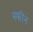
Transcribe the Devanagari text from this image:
स्फीन